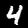
Label: 4